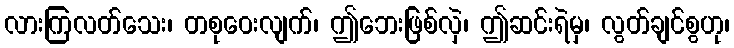
လားကြလတ်သေး၊ တစုဝေးလျက်၊ ဤဘေးဖြစ်လှဲ၊ ဤဆင်းရဲမှ၊ လွတ်ချင်စွဟု၊